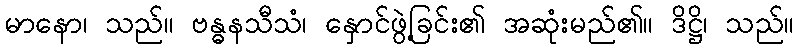
မာနော၊ သည်။ ဗန္ဓနသီသံ၊ နှောင်ဖွဲ့ခြင်း၏ အဆုံးမည်၏။ ဒိဋ္ဌိ၊ သည်။